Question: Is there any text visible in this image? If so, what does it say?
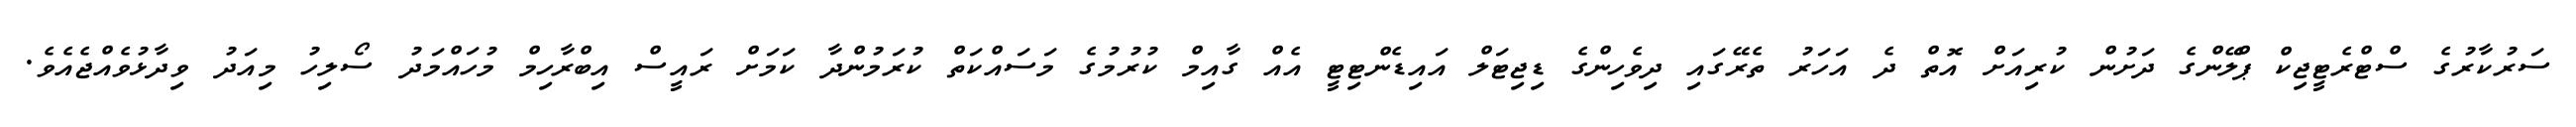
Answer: ސަރުކާރުގެ ސްޓްރެޓީޖިކް ޕްލޭންގެ ދަށުން ކުރިއަށް އޮތް ދެ އަހަރު ތެރޭގައި ދިވެހިންގެ ޑިޖިޓަލް އައިޑެންޓިޓީ އެއް ގާއިމް ކުރުމުގެ މަސައްކަތް ކުރަމުންދާ ކަމަށް ރައީސް އިބްރާހިމް މުހައްމަދު ސޯލިހު މިއަދު ވިދާޅުވެއްޖެއެވެ.